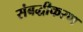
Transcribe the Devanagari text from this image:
संबद्धीकरण